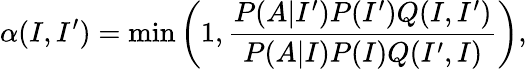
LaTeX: \alpha(I,I^{\prime})=\operatorname*{min}{\left(1,\frac{P(A|I^{\prime})P(I^{\prime})Q(I,I^{\prime})}{P(A|I)P(I)Q(I^{\prime},I)}\right)},